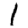
Digit: 1